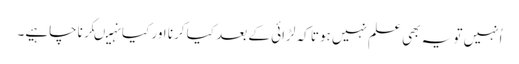
اُنہیں تو یہ بھی علم نہیں ہوتا کہ لڑائی کے بعد کیا کرنا اور کیانہیںکرناچاہیے۔